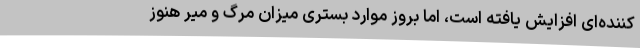
کننده‌ای افزایش یافته است، اما بروز موارد بستری میزان مرگ و میر هنوز